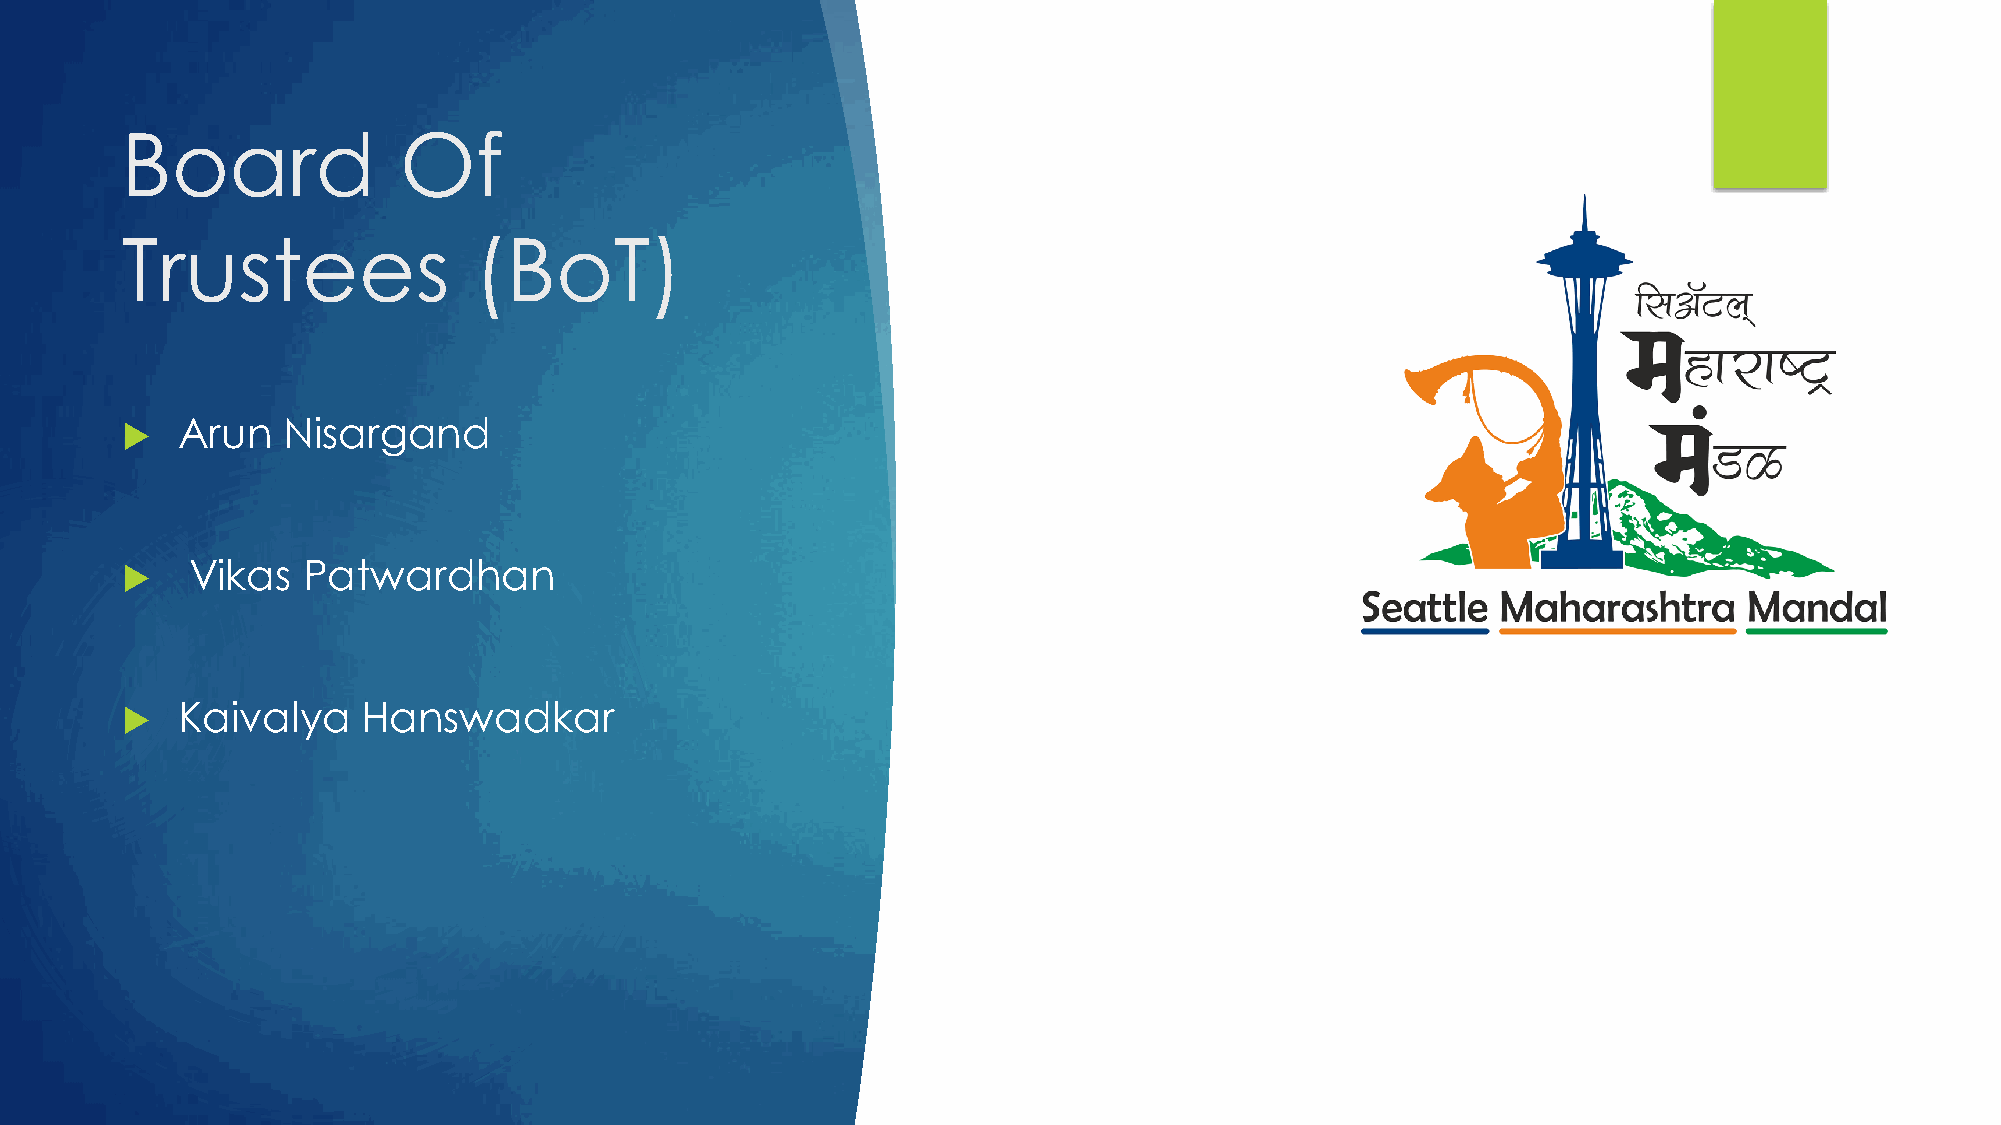
Board             Of
 Trustees               (BoT)
 Arun   Nisargand
 
 Vikas  Patwardhan
 
 Kaivalya    Hanswadkar
 